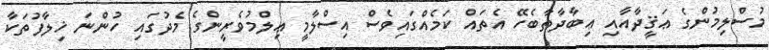
މުސްލިމުންގެ ޢަޤީދާއާއި ޢިބާދާތާބެހޭ އެތައް ކަމެއްގައިވެސް އިސްލާމީ ޢިލްމުވެރީންގެ މެދުގައި ހުންނަ ޚިލާފުތަކާ